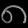
Digit: ၈